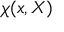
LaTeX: \chi ( x , X )